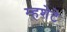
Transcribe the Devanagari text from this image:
म्हशेटे